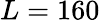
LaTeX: L=160